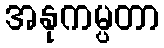
အနုကမ္ပတာ